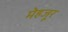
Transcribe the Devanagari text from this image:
मेहजूर